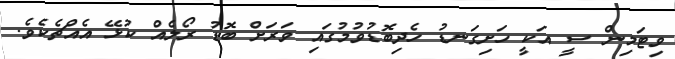
ވިޓަމިން ސީ އަކީ ހަށިގަނޑު ހެދިބޮޑުވުމުގައި ވަރަށް ބޮޑު ރޯލެއް ކުޅޭ އެއްޗެކެވެ.